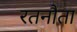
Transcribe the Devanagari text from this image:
रतनौता